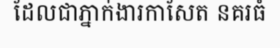
ដែលជាភ្នាក់ងារកាសែត នគរធំ